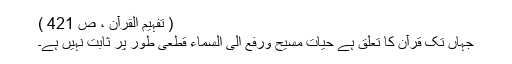
( تفہیم القرآن ، ص 421 )
جہاں تک قرآن کا تعلق ہے حیاتِ مسیح ورفع الی السماء قطعی طور پر ثابت نہیں ہے۔